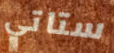
ستاتي